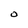
Character: O